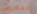
المعرض